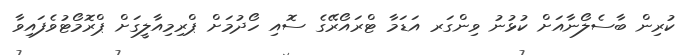
ކުރިން ބާސެލޯނާއަށް ކުޅުނު ވިންގަރ އަޑަމާ ޓްރައޯރޭގެ ސޮއި ހޯދުމަށް ޕްރިމިއާލީގަށް ޕްރޮމޯޓުވެފައިވާ